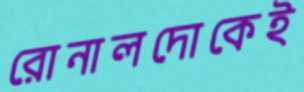
রোনালদোকেই